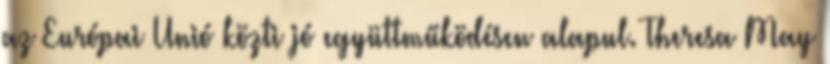
az Európai Unió közti jó együttműködésen alapul. Theresa May